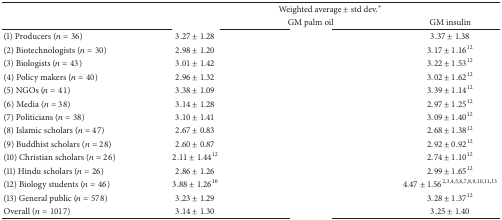
<table><thead><tr><td rowspan="2">[EMPTY_CELL]</td><td colspan="3"><b>Weighted average ± std dev.*</b></td></tr><tr><td>[EMPTY_CELL]</td><td><b>GM palm oil</b></td><td><b>GM insulin</b></td></tr></thead><tbody><tr><td>(1) Producers (<i>n</i> = 36)</td><td>3.27 ± 1.28</td><td>[EMPTY_CELL]</td><td>3.37 ± 1.38</td></tr><tr><td>(2) Biotechnologists (<i>n</i> = 30)</td><td>2.98 ± 1.20</td><td>[EMPTY_CELL]</td><td>3.17 ± 1.16<sup>12</sup></td></tr><tr><td>(3) Biologists (<i>n</i> = 43)</td><td>3.01 ± 1.42</td><td>[EMPTY_CELL]</td><td>3.22 ± 1.53<sup>12</sup></td></tr><tr><td>(4) Policy makers (<i>n</i> = 40)</td><td>2.96 ± 1.32</td><td>[EMPTY_CELL]</td><td>3.02 ± 1.62<sup>12</sup></td></tr><tr><td>(5) NGOs (<i>n</i> = 41)</td><td>3.38 ± 1.09</td><td>[EMPTY_CELL]</td><td>3.39 ± 1.14<sup>12</sup></td></tr><tr><td>(6) Media (<i>n</i> = 38)</td><td>3.14 ± 1.28</td><td>[EMPTY_CELL]</td><td>2.97 ± 1.25<sup>12</sup></td></tr><tr><td>(7) Politicians (<i>n</i> = 38)</td><td>3.10 ± 1.41</td><td>[EMPTY_CELL]</td><td>3.09 ± 1.40<sup>12</sup></td></tr><tr><td>(8) Islamic scholars (<i>n</i> = 47)</td><td>2.67 ± 0.83</td><td>[EMPTY_CELL]</td><td>2.68 ± 1.38<sup>12</sup></td></tr><tr><td>(9) Buddhist scholars (<i>n</i> = 28)</td><td>2.60 ± 0.87</td><td>[EMPTY_CELL]</td><td>2.92 ± 0.92<sup>12</sup></td></tr><tr><td>(10) Christian scholars (<i>n</i> = 26)</td><td>2.11 ± 1.44<sup>12</sup></td><td>[EMPTY_CELL]</td><td>2.74 ± 1.10<sup>12</sup></td></tr><tr><td>(11) Hindu scholars (<i>n</i> = 26)</td><td>2.86 ± 1.26</td><td>[EMPTY_CELL]</td><td>2.99 ± 1.65<sup>12</sup></td></tr><tr><td>(12) Biology students (<i>n</i> = 46)</td><td>3.88 ± 1.26<sup>10</sup></td><td>[EMPTY_CELL]</td><td>4.47 ± 1.56<sup>2,3,4,5,6,7,8,9,10,11,13</sup></td></tr><tr><td>(13) General public (<i>n</i> = 578)</td><td>3.23 ± 1.29</td><td>[EMPTY_CELL]</td><td>3.28 ± 1.37<sup>12</sup></td></tr><tr><td>Overall (<i>n</i> = 1017)</td><td>3.14 ± 1.30</td><td>[EMPTY_CELL]</td><td>3.25 ± 1.40</td></tr></tbody></table>